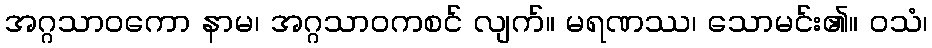
အဂ္ဂသာဝကော နာမ၊ အဂ္ဂသာဝကစင် လျက်။ မရဏဿ၊ သောမင်း၏။ ဝသံ၊